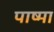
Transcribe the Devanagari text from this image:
पाष्मा